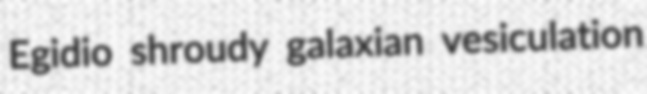
Egidio shroudy galaxian vesiculation